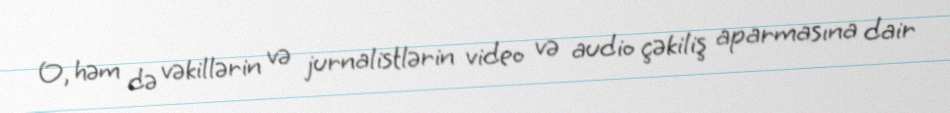
O, həm də vəkillərin və jurnalistlərin video və audio çəkiliş aparmasına dair